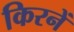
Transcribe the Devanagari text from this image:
किरनें